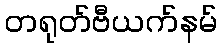
တရုတ်ဗီယက်နမ်